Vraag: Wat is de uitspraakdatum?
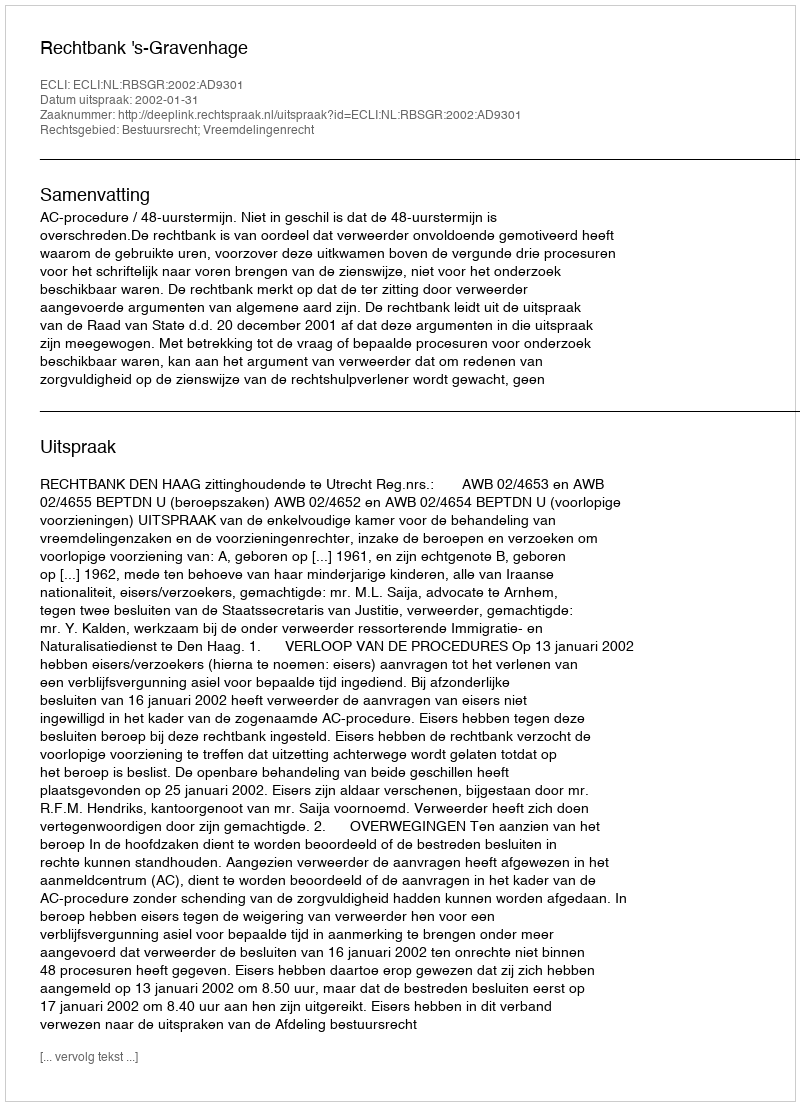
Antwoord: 2002-01-31